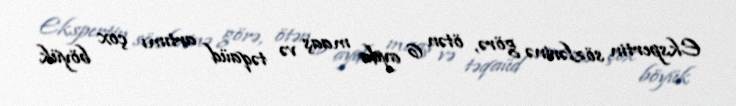
Ekspertin sözlərinə görə, ötən 6 ayda maaş və təqaüd artımı çox böyük